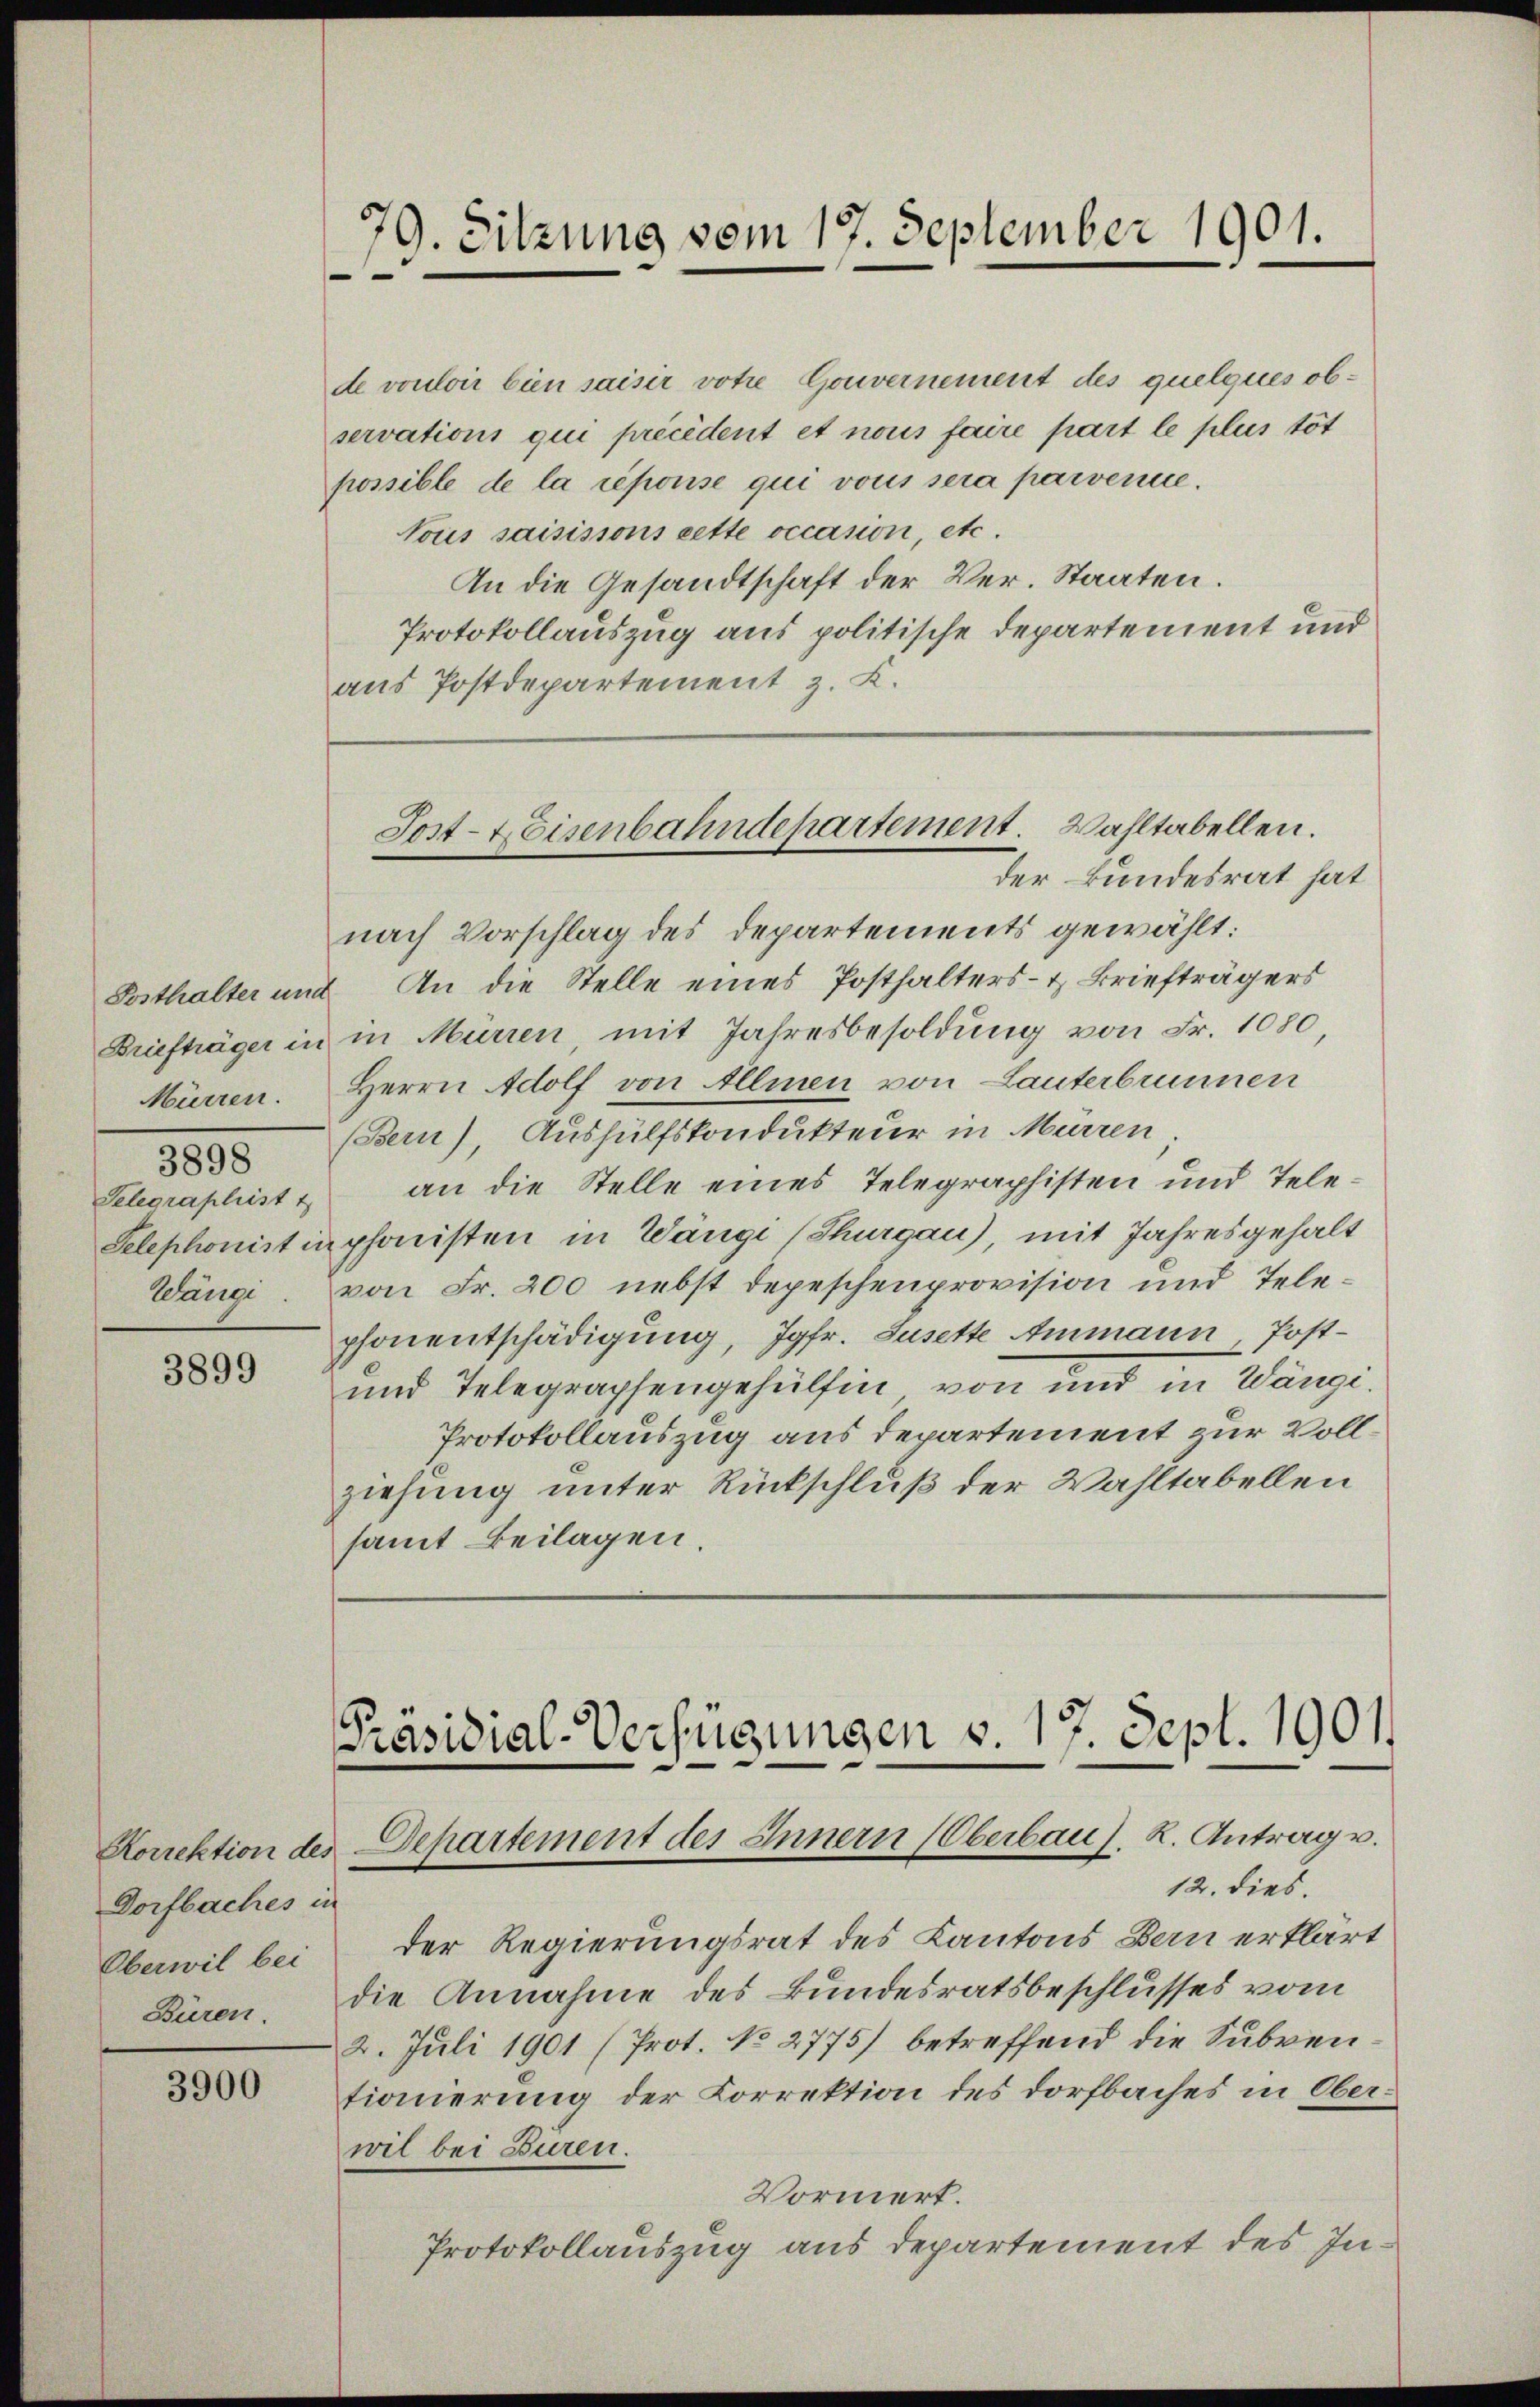
Mürren.
3898
Telegraphist t
Wänge

3899

Dorfbaches in
Oberwil bei

3900

79. Sitzung vom 17. September 1901.

de vouloir bien saisir votie Gouvernement des quelques observations qui précédent et nous faire part le plus töt
possible de la réponse qui vous sera parvenue.
Tous saisissons cette occasion, etc.
An die Gesandtschaft der Ver- Staaten.
Protokollauszug aus politische Departement und
aus Postdepartement z. K.

nach Vorschlag des Departements gewählt:
Posthalter und An die Stelle eines Posthalters- & Briefträgers
Briefträger in in Mürren, mit Jahresbesoldung von Fr. 1080
Herrn Adolf von Allmen von Lanterbrunnen
Bern), Aushülfskondukteur in Mürren
an die Stelle eines Telegraphisten und Tele¬
Telephonist in phonisten in Wänge (Thurgau), mit Jahresgehalt
von Fr. 200 nebst depeschenprovision und Telephonentschädigung, Jgfr. Susette Ammann, Post¬
und Telegraphengehülfen von und in Wängi¬
Protokollauszug aus Departement zur Vollziehung unter Rückschluß der Wahltabellen
samt Beilagen.

12. dies.
der Regierungsrat des Kantons Bern erklärt
Büren die Annahme des Bundesratsbeschlusses vom
2. Juli 1901 (Prot. No 2775) betreffend die Subventionierung der Korrektion des Dorfbaches in Oberwil bei Buren.
Vormert.
Protokollauszug aus Departement des In¬

Sost-Eisenbahndepartement. Wahltabellen.
der Bundesrat hat

Präsidial-Verfügungen v. 17. Sept. 1901.
Korrektion des Departement des Innern (Oberbaus. K. Antrag u.